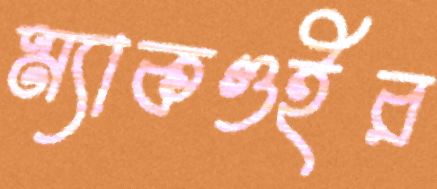
ম্যাকগুইর